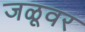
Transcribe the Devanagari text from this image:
जळूवर